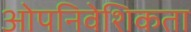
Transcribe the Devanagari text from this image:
ओपनिवेशिकता